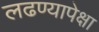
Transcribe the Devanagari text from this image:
लढण्यापेक्षा